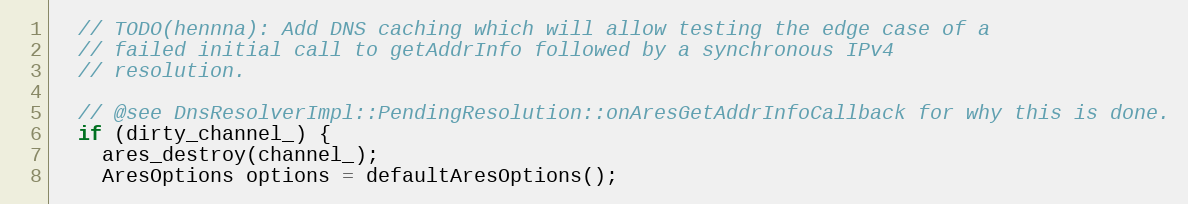
Language: C++
  // TODO(hennna): Add DNS caching which will allow testing the edge case of a
  // failed initial call to getAddrInfo followed by a synchronous IPv4
  // resolution.

  // @see DnsResolverImpl::PendingResolution::onAresGetAddrInfoCallback for why this is done.
  if (dirty_channel_) {
    ares_destroy(channel_);
    AresOptions options = defaultAresOptions();